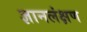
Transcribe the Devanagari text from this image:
ज्ञानलंक्षण